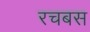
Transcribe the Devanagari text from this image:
रचबस